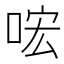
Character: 𠴈